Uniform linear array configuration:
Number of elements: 4
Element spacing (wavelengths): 0.75
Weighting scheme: exponential
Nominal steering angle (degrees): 45
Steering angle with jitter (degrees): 45.369
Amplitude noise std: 0.05
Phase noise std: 0.05

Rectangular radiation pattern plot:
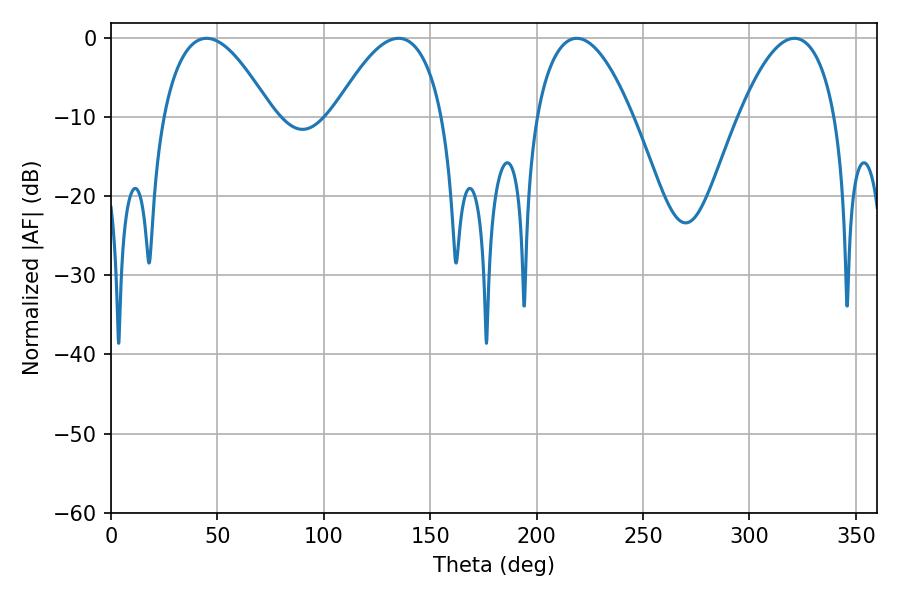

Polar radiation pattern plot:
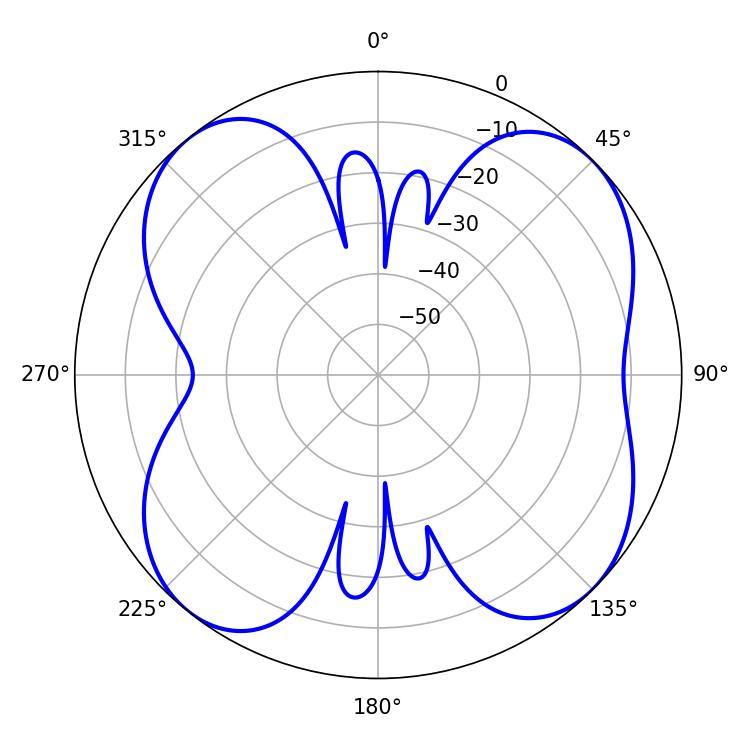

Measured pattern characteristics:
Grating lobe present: TRUE
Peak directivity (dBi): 10.348
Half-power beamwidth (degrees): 25.02
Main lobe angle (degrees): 218.88